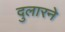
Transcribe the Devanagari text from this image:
दुलारने